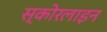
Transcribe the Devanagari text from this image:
स्कोरलाइन